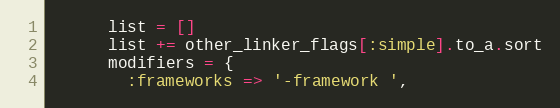
Language: Ruby
      list = []
      list += other_linker_flags[:simple].to_a.sort
      modifiers = {
        :frameworks => '-framework ',